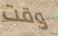
وقت